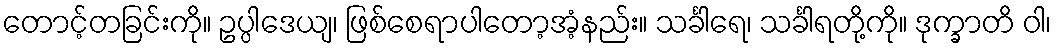
တောင့်တခြင်းကို။ ဥပ္ပါဒေယျ၊ ဖြစ်စေရာပါတော့အံ့နည်း။ သင်္ခါရေ၊ သင်္ခါရတို့ကို။ ဒုက္ခာတိ ဝါ၊